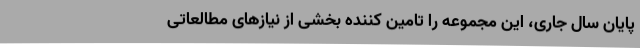
پایان سال جاری، این مجموعه را تامین کننده بخشی از نیازهای مطالعاتی